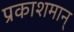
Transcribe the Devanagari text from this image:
प्रकाशमान्‌